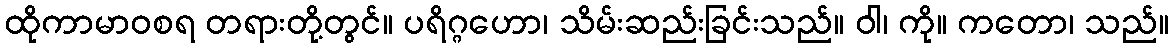
ထိုကာမာဝစရ တရားတို့တွင်။ ပရိဂ္ဂဟော၊ သိမ်းဆည်းခြင်းသည်။ ဝါ၊ ကို။ ကတော၊ သည်။